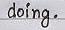
doing .